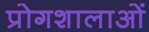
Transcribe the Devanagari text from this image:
प्रोगशालाओं